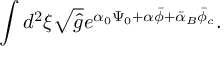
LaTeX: \int { d ^ { 2 } } \xi \sqrt { \hat { g } } { e ^ { { \alpha _ { 0 } } { \Psi _ { 0 } } + \alpha \bar { \phi } + { \bar { \alpha } _ { B } } { \bar { \phi } _ { c } } } } .